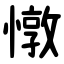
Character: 憞